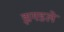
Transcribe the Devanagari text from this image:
झगडले